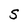
Character: S